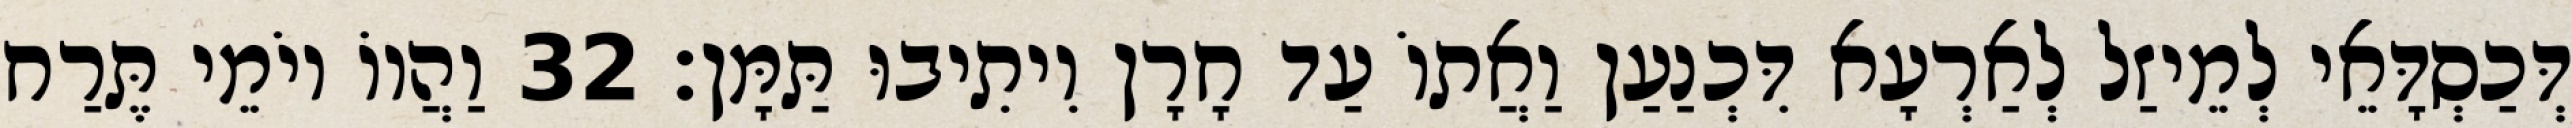
דְּכַסְדָּאֵי לְמֵיזַל לְאַרְעָא דִּכְנַעַן וַאֲתוֹ עַד חָרָן וִיתִיבוּ תַּמָּן׃ 32 וַהֲווֹ יוֹמֵי תֶּרַח